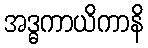
အဒ္ဓကာယိကာနိ